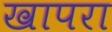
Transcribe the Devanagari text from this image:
खापरा